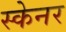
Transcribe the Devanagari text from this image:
स्‍केनर